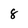
Character: 8